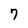
Character: 7